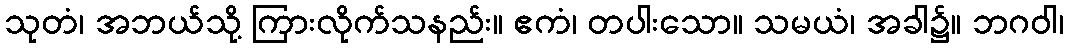
သုတံ၊ အဘယ်သို့ ကြားလိုက်သနည်း။ ဧကံ၊ တပါးသော။ သမယံ၊ အခါ၌။ ဘဂဝါ၊